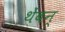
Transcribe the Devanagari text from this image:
थेंबन्